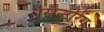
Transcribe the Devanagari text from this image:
सिन्टरिंग